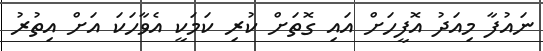
ނައުފާ މިއަދު އޮފީހަށް އައި ގޮތަށް ކުރި ކަމަކީ އެވާހަކަ އަށް އިތުރު